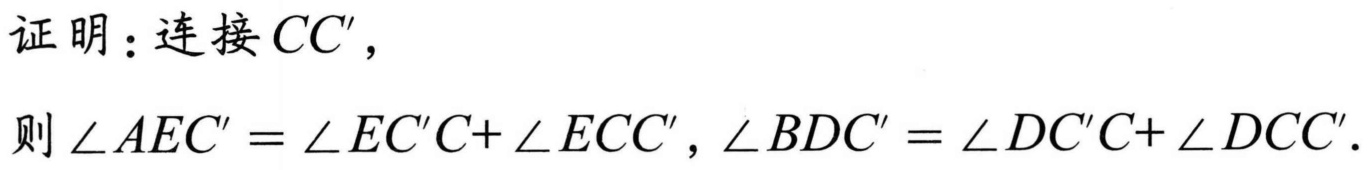
证明：连接 \(CC'\)，
则 \(\angle AEC' = \angle EC'C+\angle ECC'\)，\(\angle BDC' = \angle DC'C+\angle DCC'\).